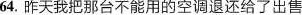
64.昨天我把那台不能用的空调退还给了出售